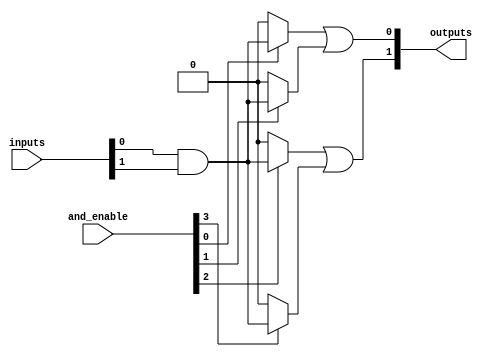
module HS_PAL #(
    parameter NUM_INPUTS = 8,      // Number of input lines
    parameter NUM_AND_GATES = 4,    // Number of AND gates
    parameter NUM_OUTPUTS = 2       // Number of output lines
)(
    input wire [NUM_INPUTS-1:0] inputs,   // Input lines
    input wire [NUM_AND_GATES-1:0] and_enable, // Control signals for AND gates
    output wire [NUM_OUTPUTS-1:0] outputs  // Output lines
);

// Internal wires for AND gate outputs
wire [NUM_AND_GATES-1:0] and_outputs;

// Programmable AND array
genvar i;
generate
    for (i = 0; i < NUM_AND_GATES; i = i + 1) begin : and_array
        // Each AND gate can be programmed to accept a subset of inputs
        assign and_outputs[i] = and_enable[i] ? (inputs[0] & inputs[1]) : 1'b0; // Example: AND of inputs[0] and inputs[1]
        // Extend this logic to include more inputs as needed
    end
endgenerate

// Fixed OR array
assign outputs[0] = and_outputs[0] | and_outputs[1]; // Example: OR of first two AND outputs
assign outputs[1] = and_outputs[2] | and_outputs[3]; // Example: OR of last two AND outputs

endmodule